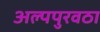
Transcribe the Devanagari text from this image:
अल्पपुरवठा